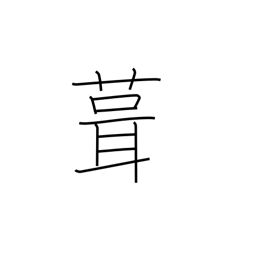
Meaning: shingle